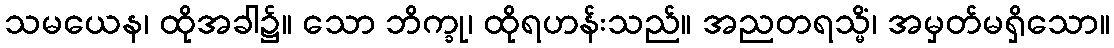
သမယေန၊ ထိုအခါ၌။ သော ဘိက္ခု၊ ထိုရဟန်းသည်။ အညတရသ္မိံ၊ အမှတ်မရှိသော။